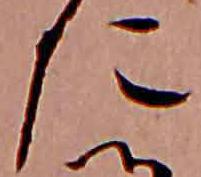
た